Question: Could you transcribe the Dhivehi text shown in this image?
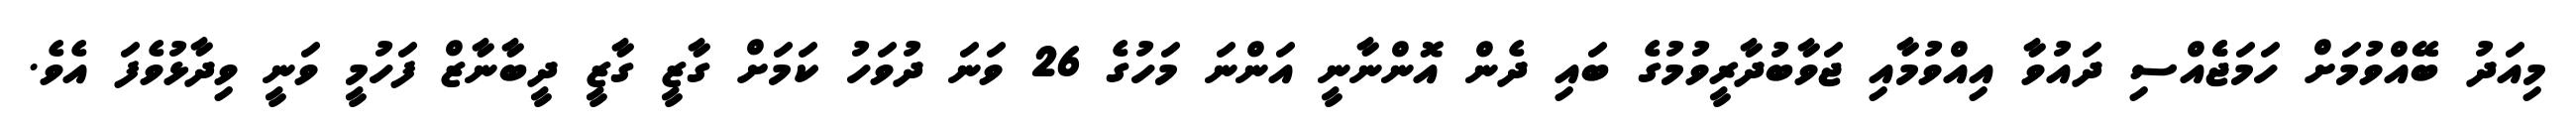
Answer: މިއަދު ބޭއްވުމަށް ހަމަޖެެއްސި ދައުވާ އިއްވުމާއި ޖަވާބުދާރީވުމުގެ ބައި ދެން އޮންނާނީ އަންނަ މަހުގެ 26 ވަނަ ދުވަހު ކަމަށް ގާޒީ ގާޒީ ދީބާނާޒް ފަހުމީ ވަނީ ވިދާޅުވެފަ އެވެ.